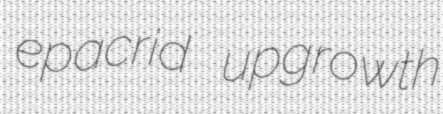
epacrid upgrowth